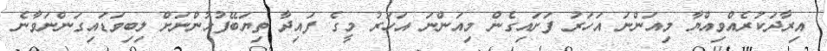
އިރާދަކުރެއްވިއްޔާ މިއަންނަ އަހަރު ފަށައިގެން މިއަންނަ އަހަރު މީގެ ފައިދާ ތިޔަބޭފުޅުންނަށް ލިބިވަޑައިގަންނަވާނެ